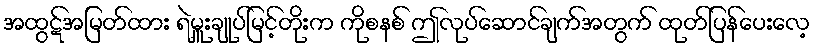
အထွဋ်အမြတ်ထား ရဲမှူးချုပ်မြင့်တိုးက ကိုစနစ် ဤလုပ်ဆောင်ချက်အတွက် ထုတ်ပြန်ပေးလေ့